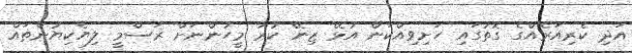
އަދި ކެރިއަރެއްގެ ގޮތުގައި ހަށިވިއްކަން އުޅޭ ޒިނޭ ކުރާ މީހުންނަށް ރަސްމީ ލިޔެކިޔުންތައް